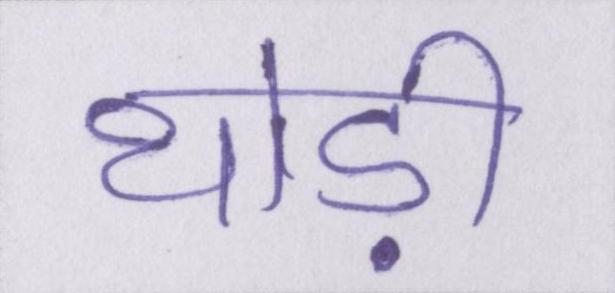
थोड़ी